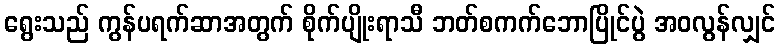
ရွေးသည် ကွန်ပရက်ဆာအတွက် စိုက်ပျိုးရာသီ ဘတ်စကက်ဘောပြိုင်ပွဲ အဝလွန်လျှင်